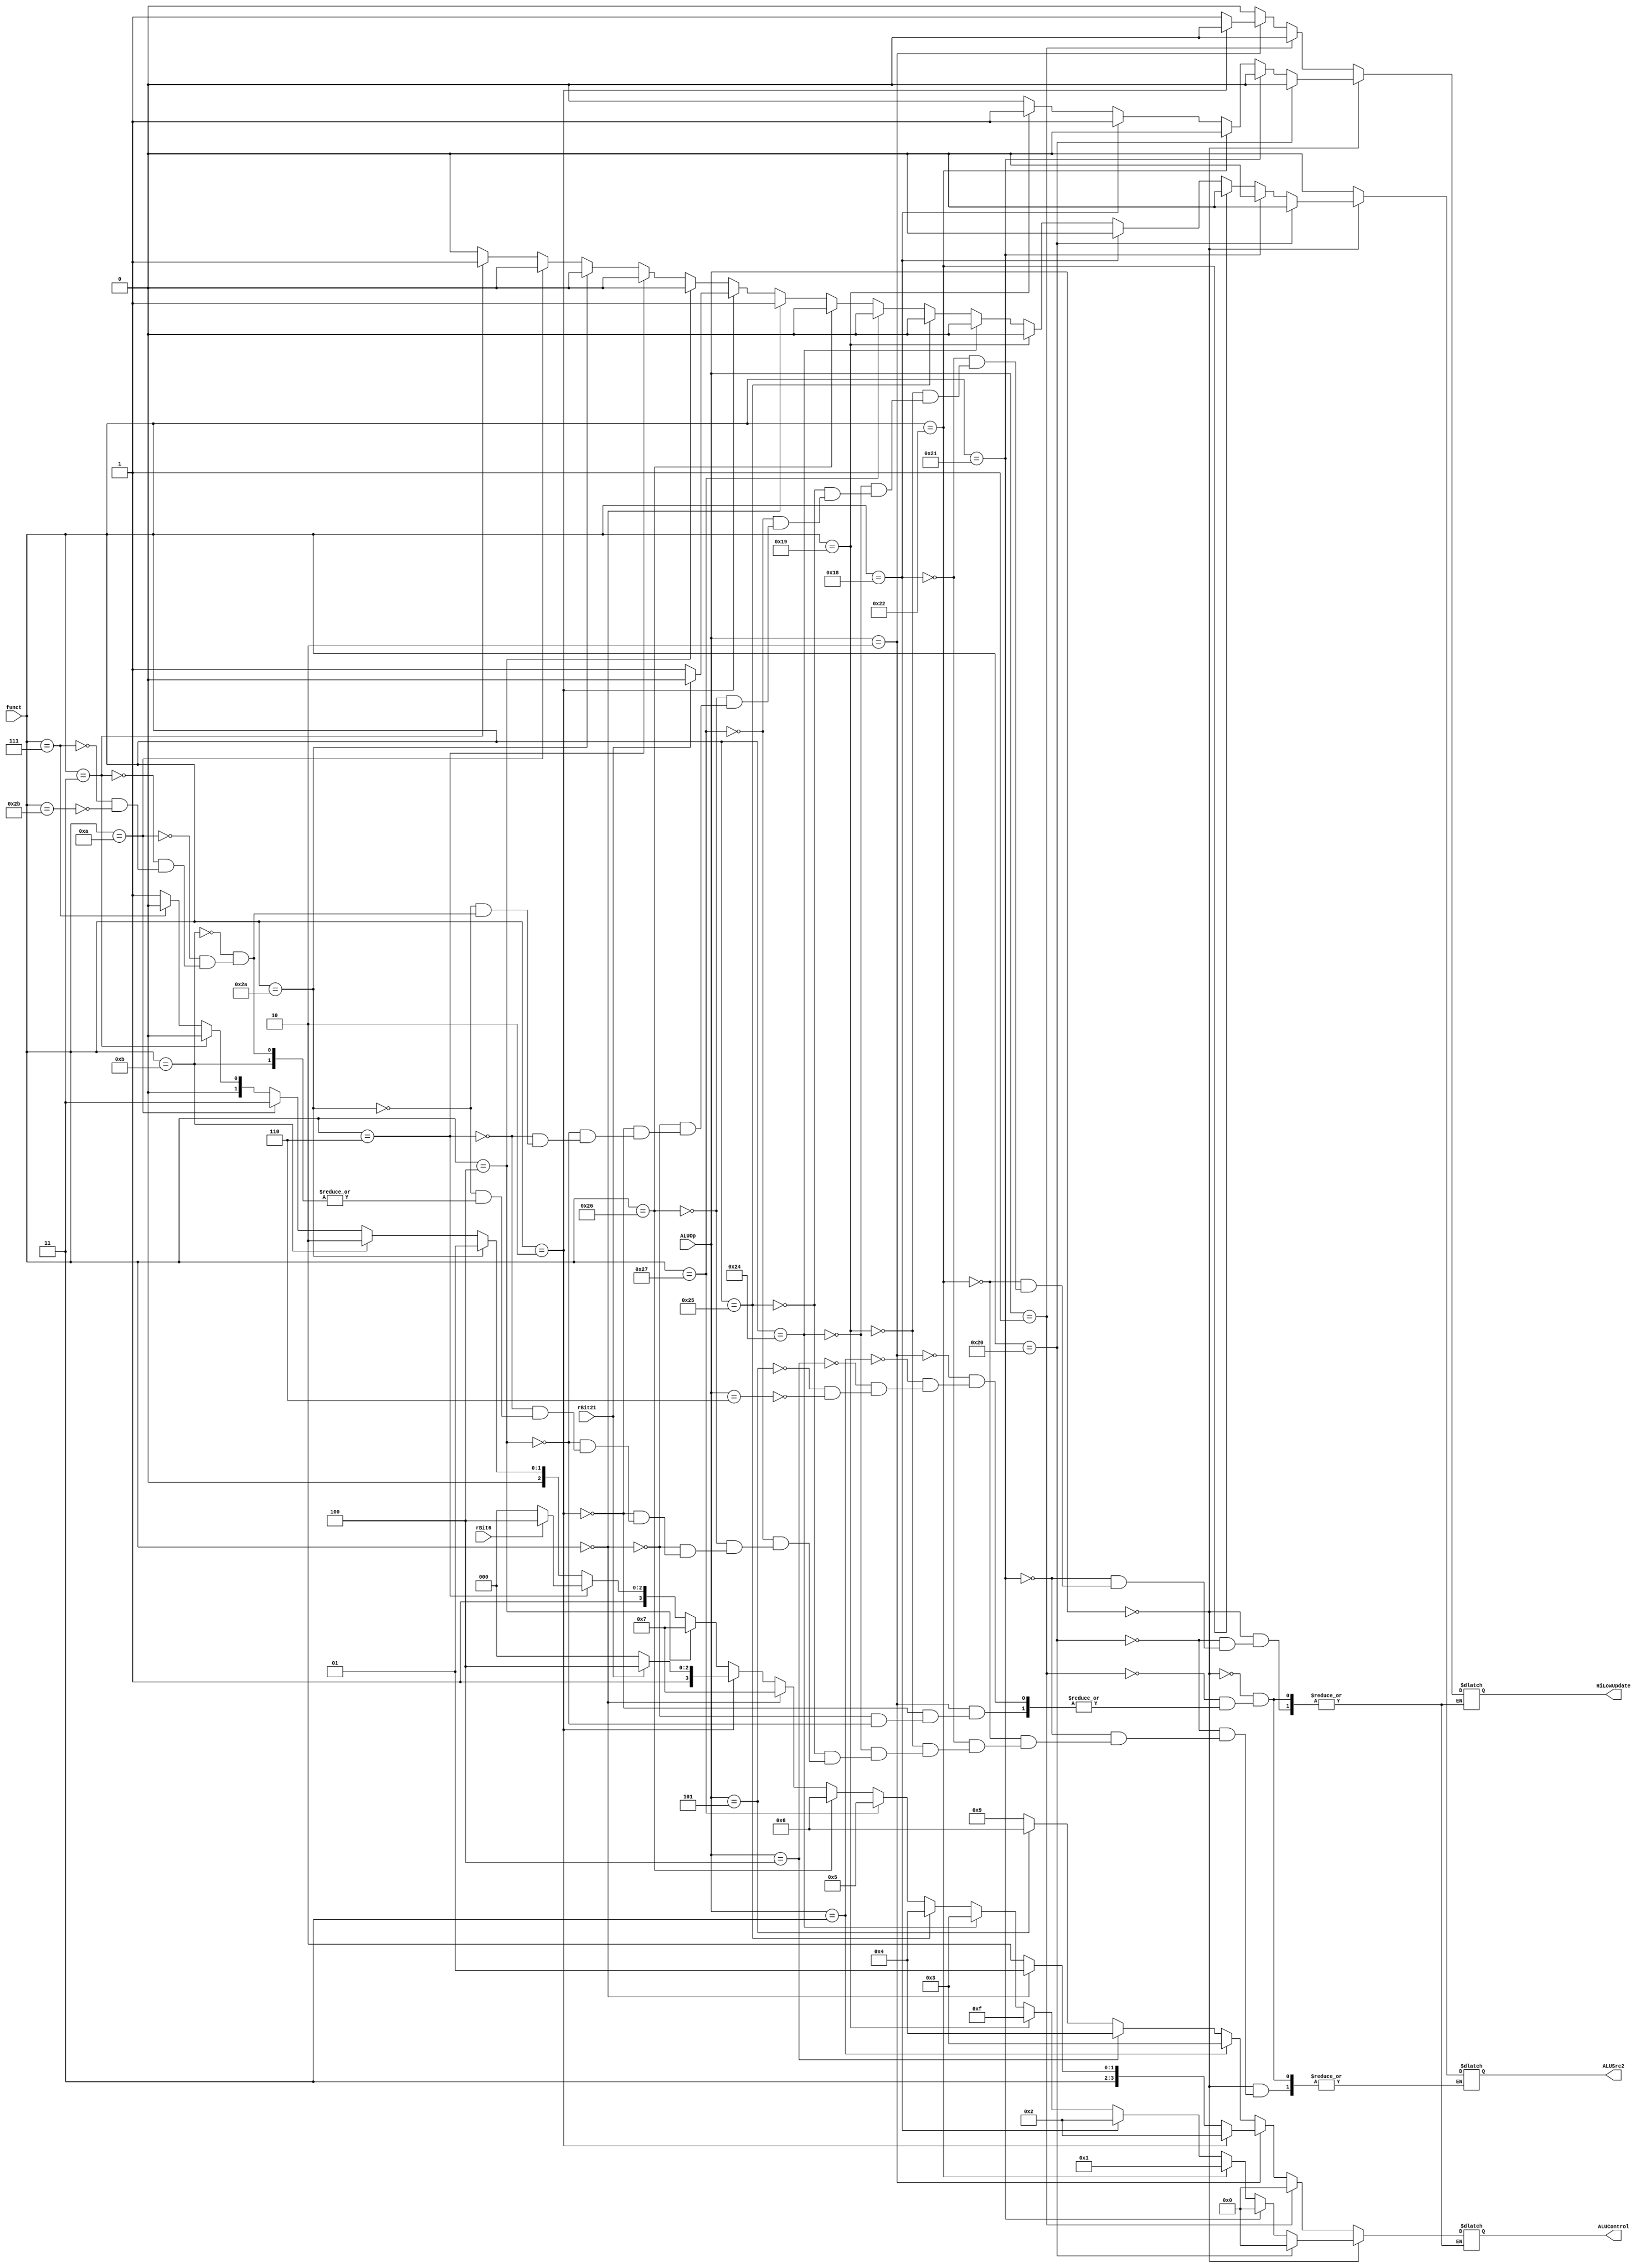
`timescale 1ns / 1ps

/* 
   Determines the functionaility of the ALU
   &
   Sets the enableHiLowUpdate control
*/


module ALUControl(funct, ALUOp, rBit6, rBit21, ALUControl, HiLowUpdate, ALUSrc2);

    input [5:0] funct;
    input [3:0] ALUOp;
    input rBit6, rBit21;
    output reg [3:0] ALUControl;
    output reg HiLowUpdate, ALUSrc2;
    
    initial begin
        ALUControl <= 0;
    end    
    
    always @(ALUOp or funct) begin
        
        if(ALUOp == 4'b0000)    begin    //R-Format. Check function field
            if(funct == 6'b100000)  begin      //add
                HiLowUpdate <= 0;
                ALUSrc2 <= 0;
                ALUControl <= 4'b0000;
                end
            else if(funct == 6'b100001) begin //addu
                HiLowUpdate <= 0;
                ALUSrc2 <= 0;
                ALUControl <= 4'b0000;
                end
            else if(funct == 6'b100010) begin //sub
                HiLowUpdate <= 0;
                ALUSrc2 <= 0;
                ALUControl <= 4'b0001;
                end
            else if(funct == 6'b011000) begin //mult
                HiLowUpdate <= 1;
                ALUSrc2 <= 0;
                ALUControl <= 4'b0010;
                end
            else if(funct == 6'b011001) begin //multu
                HiLowUpdate <= 1;
                ALUSrc2 <= 0;
                ALUControl <= 4'b1111;
                end
            else if(funct == 6'b100100) begin //and
                HiLowUpdate <= 0;
                ALUSrc2 <= 0;
                ALUControl <= 4'b0011;
                end
            else if(funct == 6'b100101) begin //or
                HiLowUpdate <= 0;
                ALUSrc2 <= 0;
                ALUControl <= 4'b0100;
                end
            else if(funct == 6'b100111) begin //nor
                HiLowUpdate <= 0;
                ALUSrc2 <= 0;
                ALUControl <= 4'b0101;
                end
            else if(funct == 6'b100110) begin //xor
                HiLowUpdate <= 0;
                ALUSrc2 <= 0;
                ALUControl <= 4'b0110;
                end
            else if(funct == 6'b000000) begin //sll
                HiLowUpdate <= 0;
                ALUSrc2 <= 1;
                ALUControl <= 4'b0111;
                end
            else if(funct == 6'b000010) begin //srl or rotr
                HiLowUpdate <= 0;
                if(rBit21 == 0) begin
                    ALUControl <= 4'b1000;   //srl
                    ALUSrc2 <= 1;   end
                else    begin
                    ALUControl <= 4'b1100;   //rotr
                    ALUSrc2 <= 0;   end
                end    
            else if(funct == 6'b000100) begin //sllv
                HiLowUpdate <= 0;
                ALUSrc2 <= 0;
                ALUControl <= 4'b0111;
                end
            else if(funct == 6'b000110) begin //srlv or rotrv
                HiLowUpdate <= 0;
                ALUSrc2 <= 0;
                if(rBit6 == 0) 
                    ALUControl <= 4'b1000;   //srlv
                else
                    ALUControl <= 4'b1100;   //rotrv 
                end    
            else if(funct == 6'b101010) begin //slt
                HiLowUpdate <= 0;
                ALUSrc2 <= 0;
                ALUControl <= 4'b1001;
                end
            else if(funct == 6'b001011) begin //movn
                HiLowUpdate <= 0;
                ALUControl <= 4'b1010; 
                end
            else if(funct == 6'b001010) begin //movz
                HiLowUpdate <= 0;
                ALUSrc2 <= 0;
                ALUControl <= 4'b1011;
                end
            else if(funct == 6'b000011) begin //sra 
                HiLowUpdate <= 0;
                ALUSrc2 <= 1;
                ALUControl <= 4'b1000;
                end
            else if(funct == 6'b000111) begin //srav
                HiLowUpdate <= 0;
                ALUSrc2 <= 0;
                ALUControl <= 4'b1000; 
                end                                                
            else if(funct == 6'b101011) begin //sltu
                HiLowUpdate <= 0;
                ALUSrc2 <= 0;
                ALUControl <= 4'b1001;     
                end   
//            else if(funct == 6'b000000) begin   //nop
//                HiLowUpdate <= 0;
//                ALUSrc2 <= 0;
//                ALUControl <= 4'b0000;
//            end              
            end                      
        else if(ALUOp == 1) begin //addiu or addi
            HiLowUpdate <= 0;
            ALUSrc2 <= 0;
            ALUControl <= 4'b0000;
            end
        else if(ALUOp == 2) begin //mul or madd or msub
            if(funct == 6'b000010)  begin   //mul
                HiLowUpdate <= 0;
                ALUSrc2 <= 0;
                ALUControl <= 4'b0010;
                end
            else if(funct == 6'b000000) begin   //madd
                HiLowUpdate <= 1;
                ALUSrc2 <= 0;
                ALUControl <= 4'b1101;
                end
            else if(funct == 6'b000100) begin   //msub
                HiLowUpdate <= 1;
                ALUSrc2 <= 0;
                ALUControl <= 4'b1110;
                end    
            end
        else if(ALUOp == 3) begin //andi
            HiLowUpdate <= 0;
            ALUSrc2 <= 0;
            ALUControl <= 4'b0011;
            end
        else if(ALUOp == 4) begin //ori
            HiLowUpdate <= 0;
            ALUSrc2 <= 0;
            ALUControl <= 4'b0100;
            end
        else if(ALUOp == 5) begin //xori 
            HiLowUpdate <= 0;              
            ALUSrc2 <= 0;
            ALUControl <= 4'b0110;
            end
        else if(ALUOp == 6) begin //slt or slti
            HiLowUpdate <= 0;
            ALUSrc2 <= 0;
            ALUControl <= 4'b1001;
            end                            
    end  
endmodule